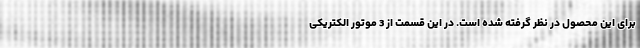
برای این محصول در نظر گرفته شده است. در این قسمت از 3 موتور الکتریکی